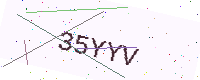
Text: 35YYV